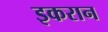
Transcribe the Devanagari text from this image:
इकरान